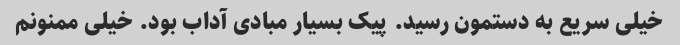
خیلی سریع به دستمون رسید. پیک بسیار مبادی آداب بود. خیلی ممنونم